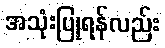
အသုံးပြုရန်လည်း